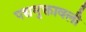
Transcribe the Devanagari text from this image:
पद्यमुक्तावली